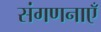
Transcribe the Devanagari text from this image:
संगणनाएँ